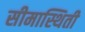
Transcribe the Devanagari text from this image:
सीमास्थिती